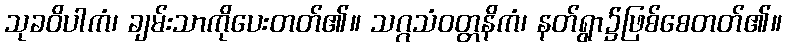
သုခဝိပါကံ၊ ချမ်းသာကိုပေးတတ်၏။ သဂ္ဂသံဝတ္တနိကံ၊ နတ်ရွာ၌ဖြစ်စေတတ်၏။